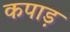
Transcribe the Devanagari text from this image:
कपाड़